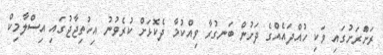
ރަށްަރަށުގައި ވަކި ހުއްދައެއްގެ ދަށުން ބަނގުރާ ވިއްކުމާ ދެކޮޅަށް ކުރެވުނު އިހުތިޖާޖުގައި އިސްލާމިކް